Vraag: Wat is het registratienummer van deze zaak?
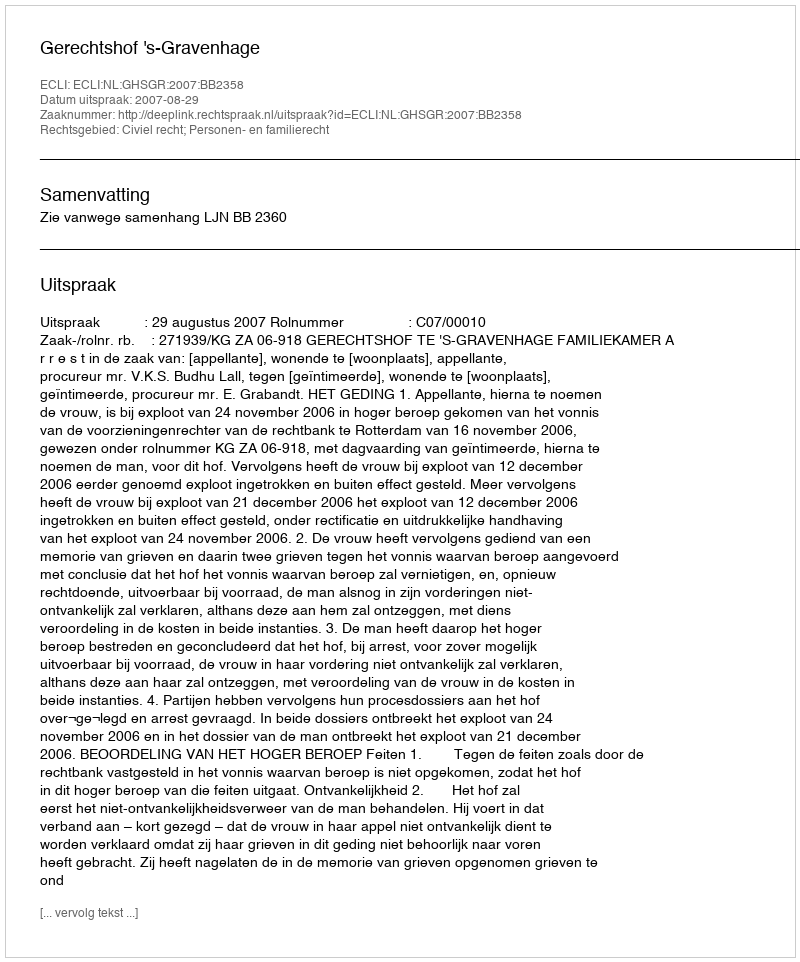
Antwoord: http://deeplink.rechtspraak.nl/uitspraak?id=ECLI:NL:GHSGR:2007:BB2358